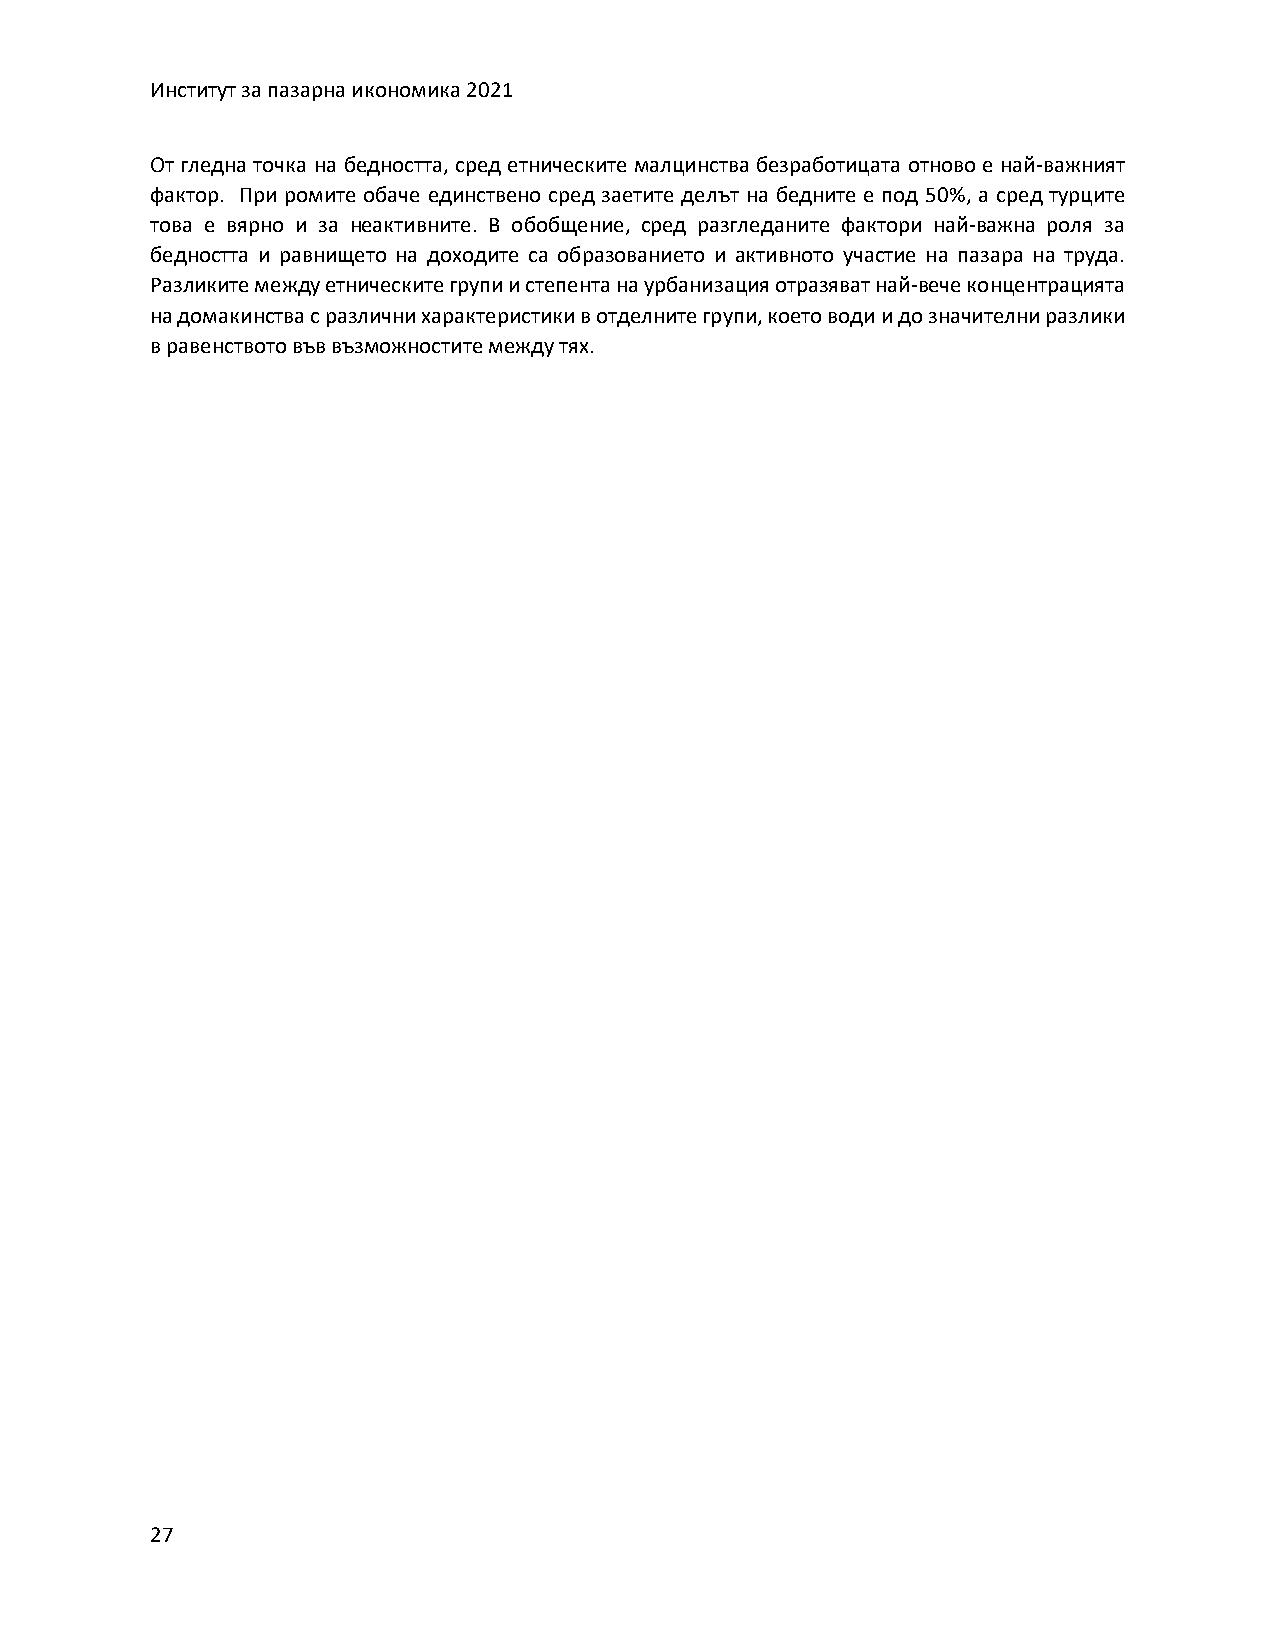
Институт за пазарна икономика 2021
 От гледна точка на бедността, сред етническите малцинства безработицата отново е най-важният
 фактор. При ромите обаче единствено сред заетите делът на бедните е под 50%, а сред турците
 това е вярно и за неактивните. В обобщение, сред разгледаните фактори най-важна роля за
 бедността и равнището на доходите са образованието и активното участие на пазара на труда.
 Разликите между етническите групи и степента на урбанизация отразяват най-вече концентрацията
 на домакинства с различни характеристики в отделните групи, което води и до значителни разлики
 в равенството във възможностите между тях.
 27